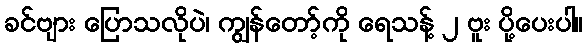
ခင်ဗျား ပြောသလိုပဲ၊ ကျွန်တော့်ကို ရေသန့် ၂ ဗူး ပို့ပေးပါ။